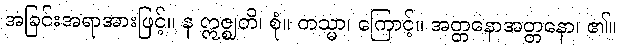
အခြင်းအရာအားဖြင့်။ န ဣဇ္ဈတိ၊ စုံ။ တသ္မာ၊ ကြောင့်။ အတ္တနောအတ္တနော၊ ၏။